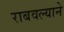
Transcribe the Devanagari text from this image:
राबवल्याने